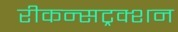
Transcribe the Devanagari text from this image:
रीकन्सट्रक्शन